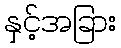
နှင့်အခြား